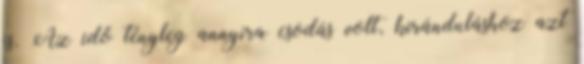
is. Az idő tényleg annyira csodás volt, kiránduláshoz azt